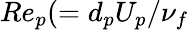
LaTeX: Re_{p}(=d_{p}U_{p}/\nu_{f}